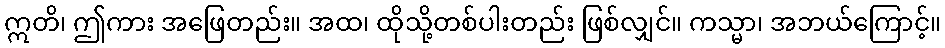
ဣတိ၊ ဤကား အဖြေတည်း။ အထ၊ ထိုသို့တစ်ပါးတည်း ဖြစ်လျှင်။ ကသ္မာ၊ အဘယ်ကြောင့်။